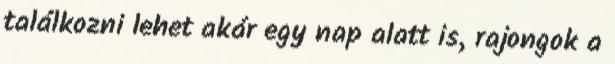
találkozni lehet akár egy nap alatt is, rajongok a